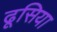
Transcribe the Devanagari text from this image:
ढूसिया